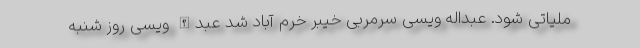
ملیاتی شود. عبداله ویسی سرمربی خیبر خرم آباد شد عبدالله ویسی روز شنبه